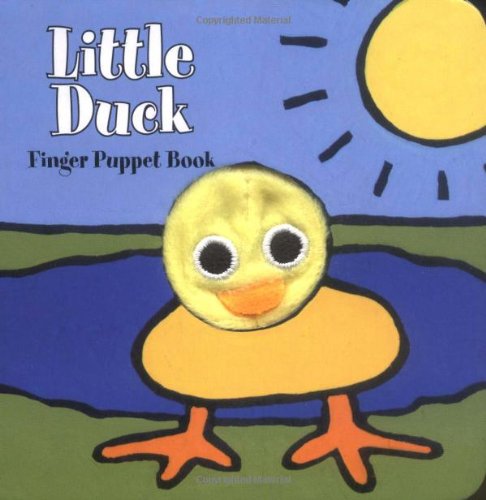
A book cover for Little Duck: Finger Puppet Book (Little Finger Puppet Board Books); Chronicle Books; Children's Books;